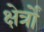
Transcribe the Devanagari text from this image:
क्षेर्त्रों